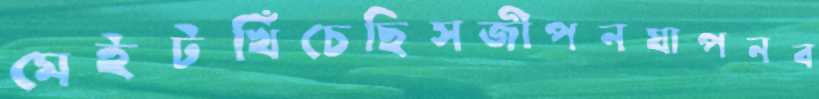
মেইটখিঁচেছিসজীপনযাপনব